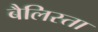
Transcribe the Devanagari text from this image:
बैलिस्ता